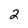
Character: 2